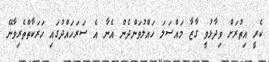
ކެރީ އިތުރަށް ވިދާޅުވީ ގާޒާ މައްސަލަ ހައްލުވަންދެން އެނާ އެ ސަރަހައްދުގައި ހަރަކާތްތެރިވާނޭ